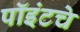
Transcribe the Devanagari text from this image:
पॉइंटचे